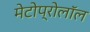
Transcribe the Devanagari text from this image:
मेटोप्रोलॉल